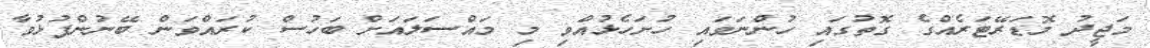
މަޖީދު މޮޑަރޭޓަރެއްގެ ގޮތުގައި ހުންނަވައި ހުށަހެޅުއްވި މި މައްސަލައަށް ބަހުސް ކުރައްވަން ބޭނުންފުޅުވާ